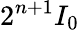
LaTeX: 2^{n+1}I_{0}